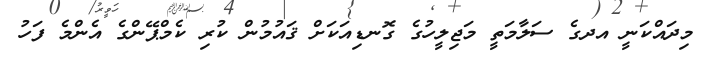
މިދައްކަނީ އދގެ ސަލާމަތީ މަޖިލީހުގެ ގޮނޑިއަކަށް ޤައުމުން ކުރި ކެމްޕޭންގެ އެންމެ ފަހު